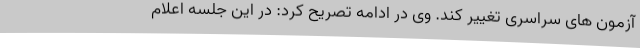
آزمون های سراسری تغییر کند. وی در ادامه تصریح کرد: در این جلسه اعلام